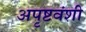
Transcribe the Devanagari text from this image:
अपृष्टवंशी